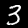
Label: 3